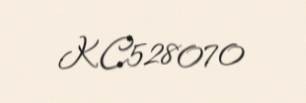
KC528070